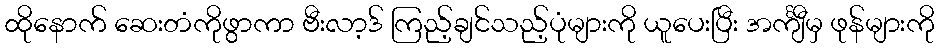
ထိုနောက် ဆေးတံကိုဖွာကာ ဗီးလာ့ဒ် ကြည့်ချင်သည့်ပုံများကို ယူပေးပြီး အင်္ကျီမှ ဖုန်များကို